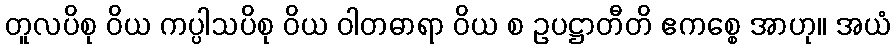
တူလပိစု ဝိယ ကပ္ပါသပိစု ဝိယ ဝါတဓာရာ ဝိယ စ ဥပဋ္ဌာတီတိ ဧကစ္စေ အာဟု။ အယံ